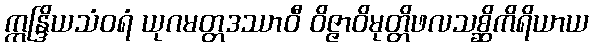
ဣန္ဒြိယသံဝရံ ယုဂမတ္တဒဿာဝီ ဝိဇ္ဇာဝိမုတ္တိဖလသစ္ဆိကိရိယာယ